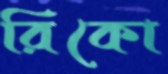
রিকো